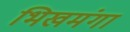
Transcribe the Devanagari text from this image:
भिखमंगा